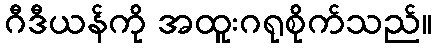
ဂီဒီယန်ကို အထူးဂရုစိုက်သည်။